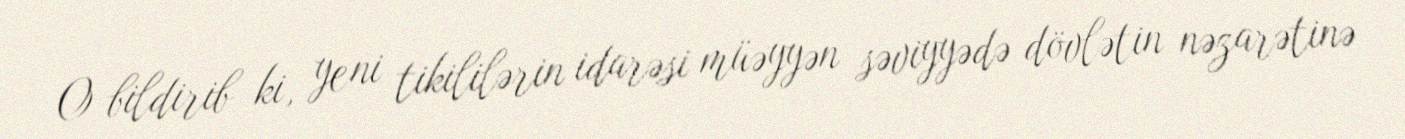
O bildirib ki, yeni tikililərin idarəsi müəyyən səviyyədə dövlətin nəzarətinə